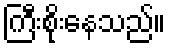
ကြီးစိုးနေသည်။